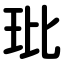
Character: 玭